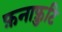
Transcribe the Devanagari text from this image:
फ़नाफ़ुटि